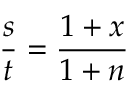
{ \frac { s } { t } } = { \frac { 1 + x } { 1 + n } }